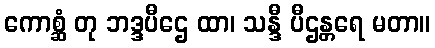
ကောစ္ဆံ တု ဘဒ္ဒပီဌေ ထာ၊ သန္ဒီ ပီဌန္တရေ မတာ။